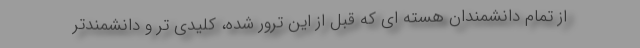
از تمام دانشمندان هسته ای که قبل از این ترور شده، کلیدی تر و دانشمندتر